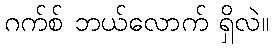
ဂက်စ် ဘယ်လောက် ရှိလဲ။